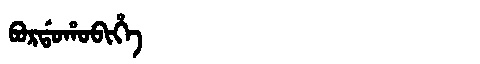
Manchu: ᠪᠣᡵᡩᠣᡥᠣᠪᡳᡥᡝ
Romanization: BORDOHOBIHE